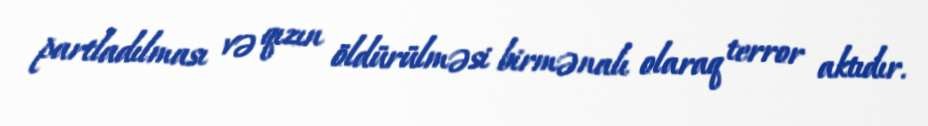
partladılması və qızın öldürülməsi birmənalı olaraq terror aktıdır.